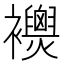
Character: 𧟈